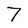
Character: 7